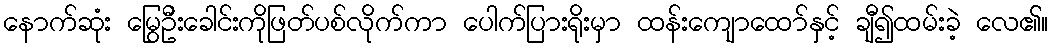
နောက်ဆုံး မြွေဦးခေါင်းကိုဖြတ်ပစ်လိုက်ကာ ပေါက်ပြားရိုးမှာ ထန်းကျောထော်နှင့် ချီ၍ထမ်းခဲ့ လေ၏။